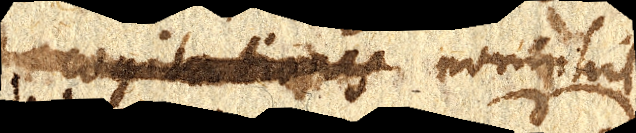
cogitationes nonnihil